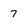
Character: 7